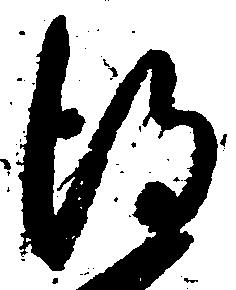
得